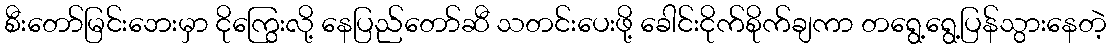
စီးတော်မြင်းဘေးမှာ ငိုကြွေးလို့ နေပြည်တော်ဆီ သတင်းပေးဖို့ ခေါင်းငိုက်စိုက်ချကာ တရွေ့ရွေ့ပြန်သွားနေတဲ့